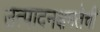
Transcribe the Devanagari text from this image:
उत्पादनक्षमतेची